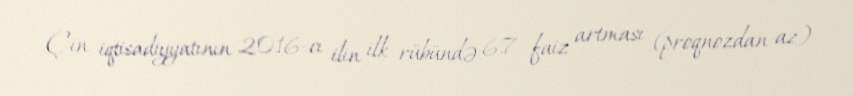
Çin iqtisadiyyatının 2016-cı ilin ilk rübündə 6,7 faiz artması (proqnozdan az)